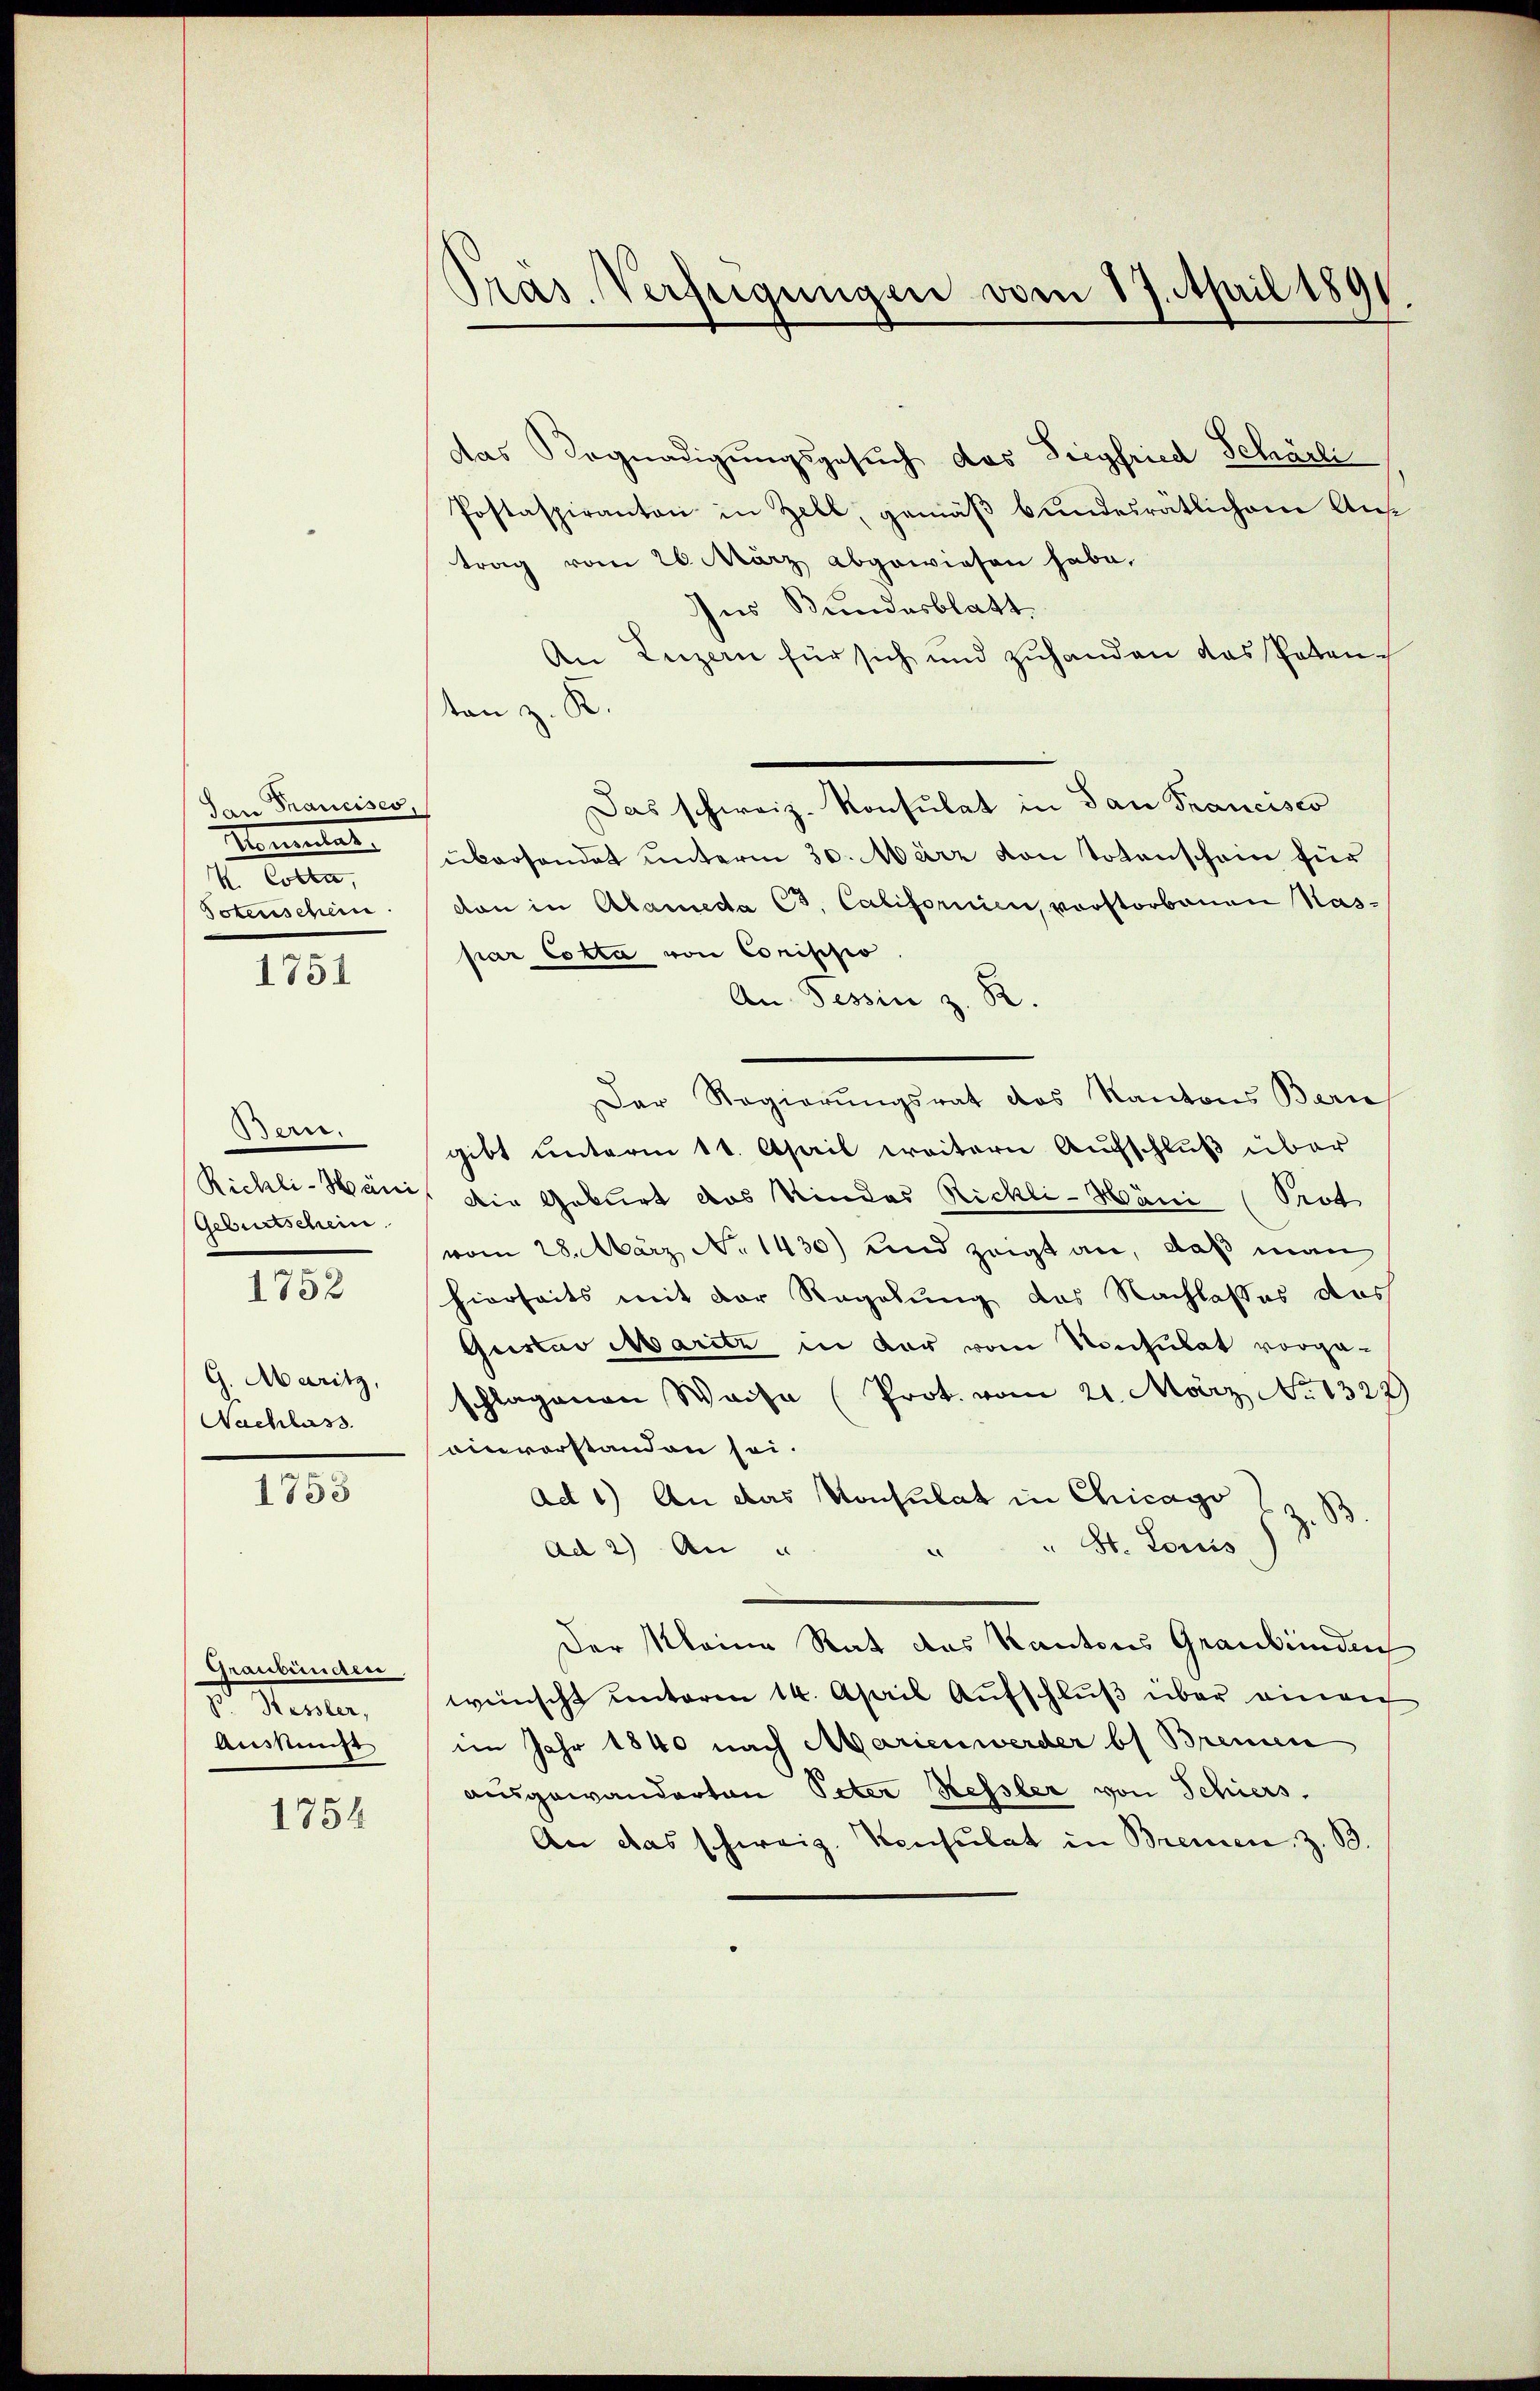
San Francises,
Kometer
K. Cotta,
Totenschein.

1751

Bern.
Richli-Häni
Geburtschein
1752
G. Maritz,
Nachlass

1753

Graubünden,
euler,
Aussmiß

1754

Gras. Verfügungen vom 17. April 1891

das Begnadigŭngsgesŭch das Siegfried Schärli
Postaspiranten in Zell, gemäß bundesratlichem Aus
trag vom 26. März abgewiesen habe.
Ins Bundesblatt
An Luzern für sich und zuhanden das Patenton z. K.
Das schweiz. Konsulat in dan Francisco
übersendet unterm 30. März von Totenschein für
dan in Alameda C3. Californin vorstorbenen Nas-
par Cotta von Confisio
An Tessin z. R.
Der Regierungsrat das Kantons Bern
gibt unterm 11. April weitern Aufschluß über
Die Geburt das Kindes Rickli-Häni (Prot
vom 28. März No 1430) und zeigt an, daß man
hierseits mit der Regelung des Nachlasses das
Gustav Maritz in der vom Konsulat vorge-
schlagenen Waise (Prot. vom 21. März No 1322)
einvorstanden sei.
Ad 1) An das Konsulat in Chicago
B
 St. Lores 13
Ad 2) An u
Der Kleine Rat des Kantons Graubünden
wünscht unterm 14. April Aufschluß über einen
im Jahr 1840 nach Marien werder bs Bremen
ausgewanderten Peter Kessler von Schiers.
An das schweiz. Konsulat in Bremen, z. B.